Notes on vaccination in the North-West Frontier Province 1923-1928 - 1923-1928
Year: 1923
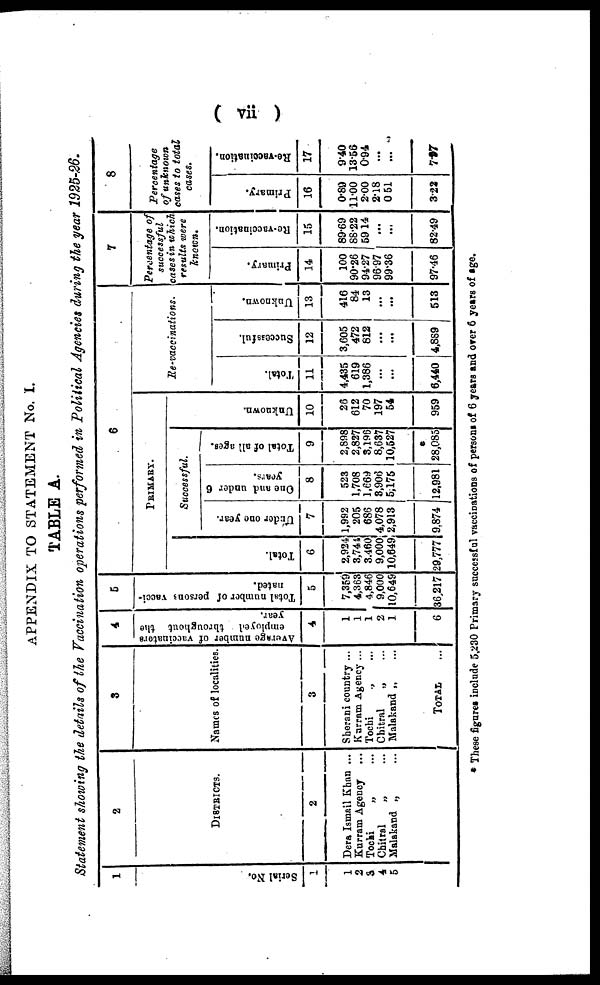
( vii )
APPENDIX TO STATEMENT No. I.
TABLE A.
Statement showing the details of the Vaccination operations performed in Political Agencies during the year 1925-26.
1
Serial No.
1
1
2
3
4
5
2
DISTRICTS.
2
Dera Ismail Khan ...
Kurram Agency ...
Tochi
„ ...
Chitral
„ ...
Malakand „ ...
3
Names of localities.
3
Sherani country ...
Kurram Agency ...
Tochi
„ ...
Chitral
„ ...
Malakand „ ...
TOTAL ...
4
Average number of vaccinators
employed throughout the
year.
4
1
1
1
2
1
6
5
Total number of persons vacci-
nated.
5
7,359
4,363
4,846
9,000
10,649
36,217
6
PRIMARY.
Total.
6
2,924
3,744
3,460
9,000
10,649
29,777
Successful.
Under one year.
7
1,992
205
686
4,078
2,913
9,874
One and under 6
years.
8
523
1,708
1,669
3,906
5,175
12,981
Total of all ages.
9
2,898
2,827
3,196
8,637
10,527
28,085
Unknown.
10
26
612
70
197
54
959
Re-vaccinations.
Total.
11
4,435
619
1,386
...
...
6,440
Successful.
12
3,605
472
812
...
...
4,889
Unknown.
13
416
84
13
...
...
513
7
Percentage of
successful
cases in which
results were
known.
Primary.
14
100
90.26
94.27
96.97
99.36
97.46
Re-vaccination.
15
89.69
88.22
59.14
...
...
82.49
8
Percentage
of unknown
cases to total
cases.
Primary.
16
0.80
11.00
2.00
2.18
0.51
3.22
Re-vaccination.
17
9.40
13.56
0.94
...
...
7.97
These figures include 5,230 Primary successful vaccinations of persons of 6 years and over 6 years of age.